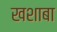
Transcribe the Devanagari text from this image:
खशाबा